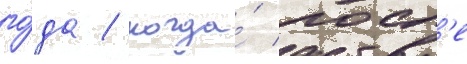
го́да / когда́ посл'е